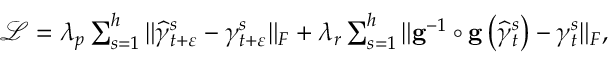
\begin{array} { r } { \mathcal { L } = \lambda _ { p } \sum _ { s = 1 } ^ { h } \Vert \widehat { \gamma } _ { t + \varepsilon } ^ { s } - \gamma _ { t + \varepsilon } ^ { s } \Vert _ { F } + \lambda _ { r } \sum _ { s = 1 } ^ { h } \Vert \mathbf { g } ^ { - 1 } \circ \mathbf { g } \left( \widehat { \gamma } _ { t } ^ { s } \right) - \gamma _ { t } ^ { s } \Vert _ { F } , } \end{array}